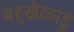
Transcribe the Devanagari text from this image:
बहुखेळाडू